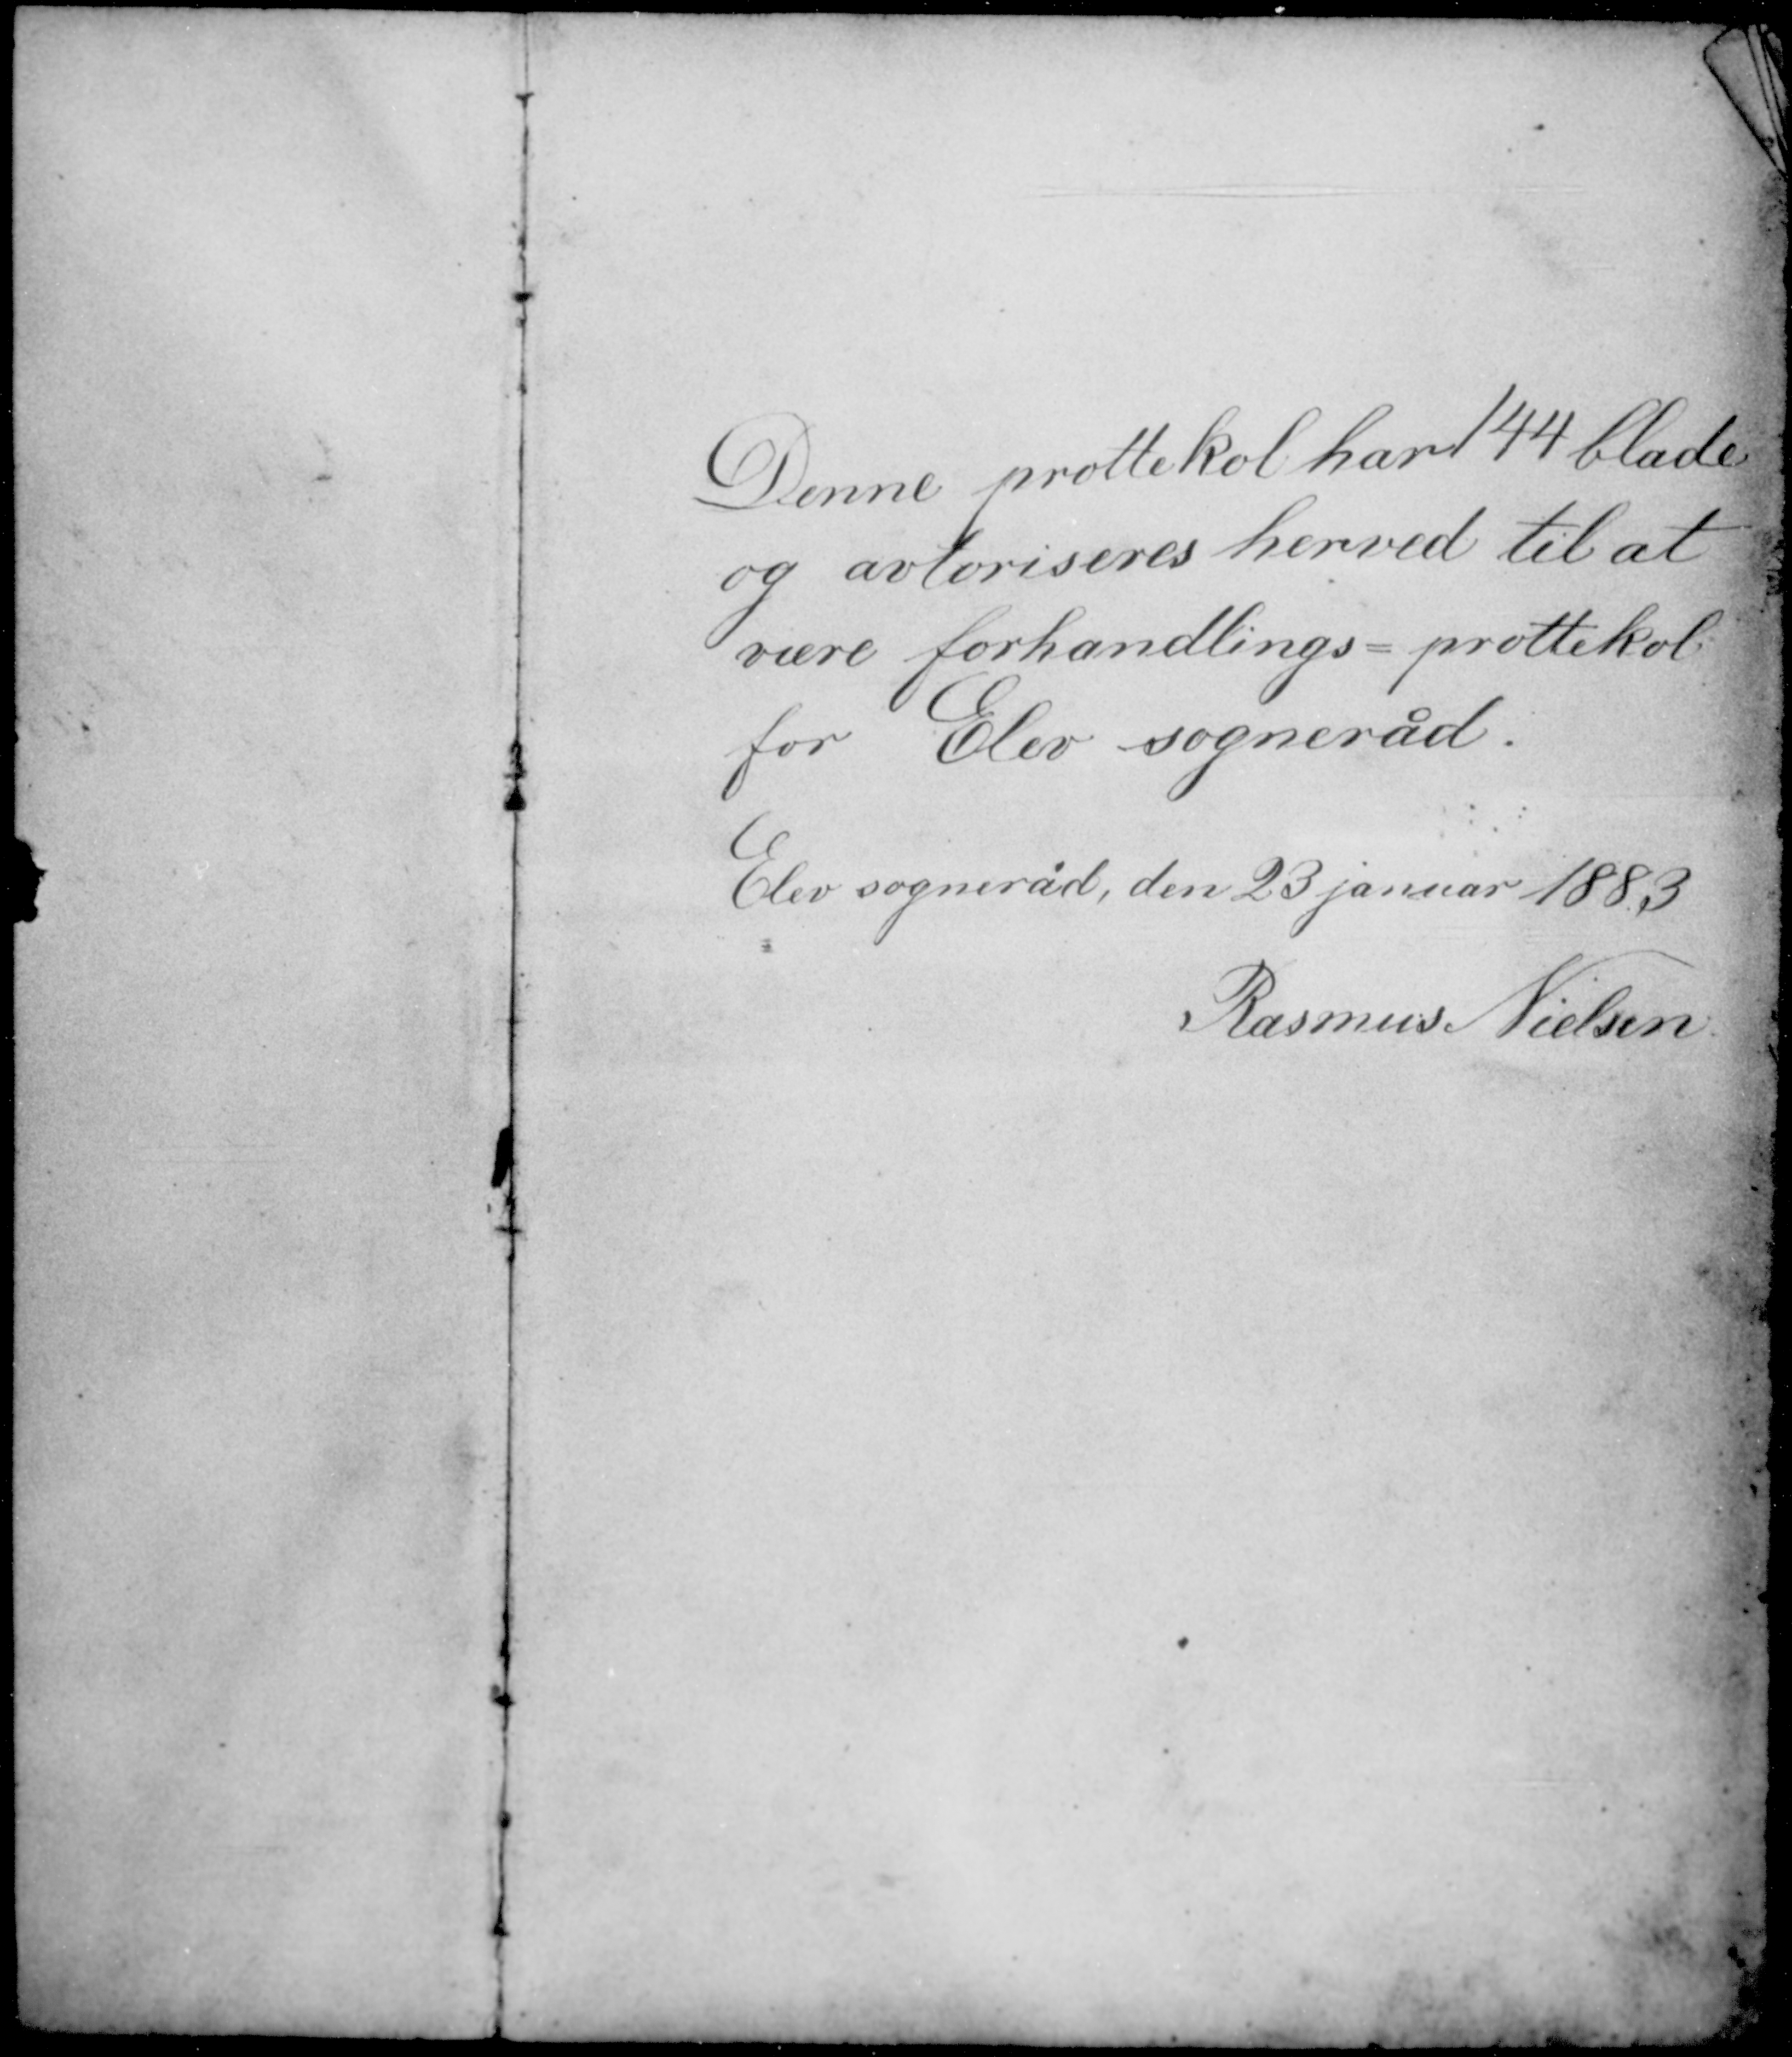
Transskription:
Denne prottekol har 144 Blade
og avtoriseres herved til at
være forhandlings=prottekol
for Elev sogneråd.
Elev sogneråd 23. januar 1883
Rasmus Nielsen